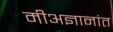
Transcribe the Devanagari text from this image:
मीअज्ञानांत